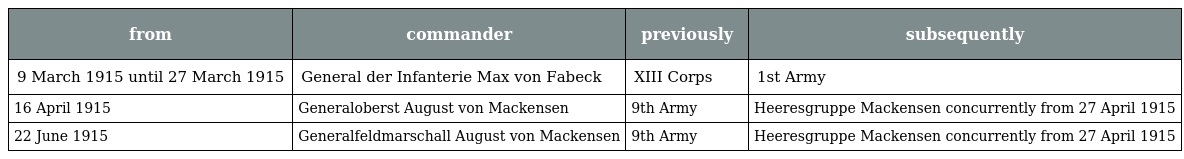
| from | commander | previously | subsequently |
 | --- | --- | --- | --- |
 | 9 March 1915 until 27 March 1915 | General der Infanterie Max von Fabeck | XIII Corps | 1st Army |
 | 16 April 1915 | Generaloberst August von Mackensen | 9th Army | Heeresgruppe Mackensen concurrently from 27 April 1915 |
 | 22 June 1915 | Generalfeldmarschall August von Mackensen | 9th Army | Heeresgruppe Mackensen concurrently from 27 April 1915 |